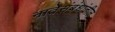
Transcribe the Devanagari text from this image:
नातेसंबंधांतील